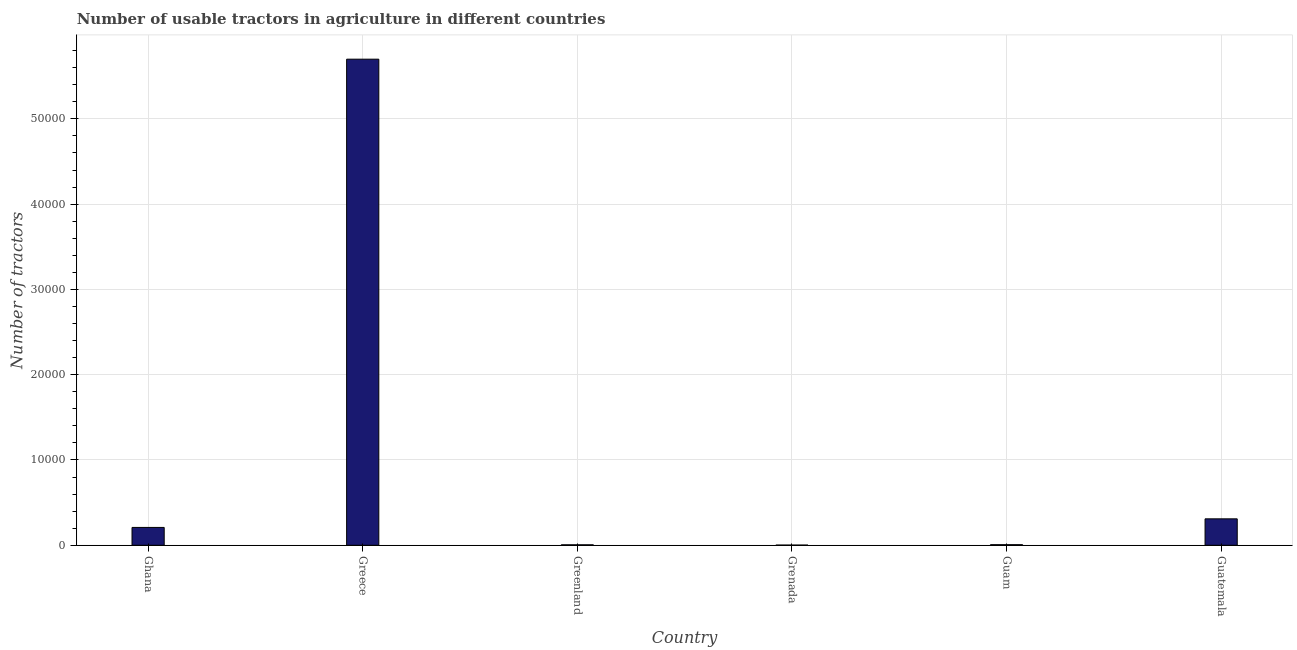
| Country | Agricultural machinery |
 | --- | --- |
 | Ghana | 2.09e+03 |
 | Greece | 5.7e+04 |
 | Greenland | 54 |
 | Grenada | 22 |
 | Guam | 68 |
 | Guatemala | 3.1e+03 |